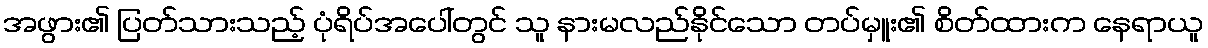
အဖွား၏ ပြတ်သားသည့် ပုံရိပ်အပေါ်တွင် သူ နားမလည်နိုင်သော တပ်မှူး၏ စိတ်ထားက နေရာယူ